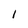
Character: 1